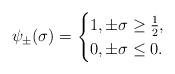
LaTeX: \begin{align*}\psi_\pm(\sigma)=\begin{cases}1, \pm\sigma\geq\frac{1}{2},\\0, \pm\sigma\leq 0.\end{cases}\end{align*}